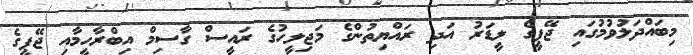
މިބައްދަލުވުމުގައި ޖޭޕީގެ ލީޑަރު އަދި ރައްޔިތުންގެ މަޖިލީހުގެ ރައީސް ގާސިމް އިބްރާހީމާއި ޖޭޕީގެ